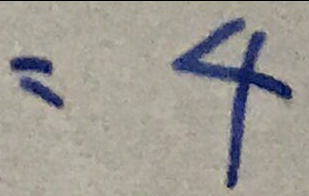
= 4